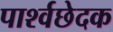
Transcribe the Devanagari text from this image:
पार्श्वछेदक